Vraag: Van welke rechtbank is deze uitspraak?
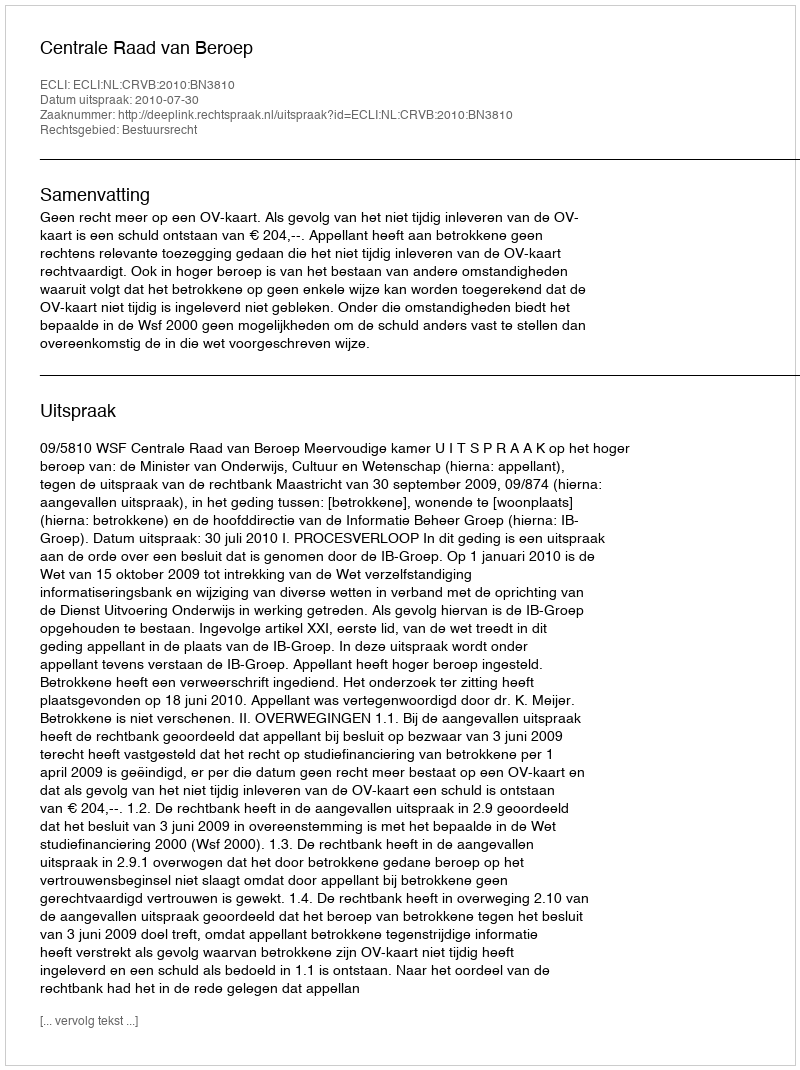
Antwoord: Centrale Raad van Beroep